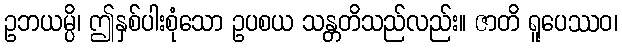
ဥဘယမ္ပိ၊ ဤနှစ်ပါးစုံသော ဥပစယ သန္တတိသည်လည်း။ ဇာတိ ရူပေဿဝ၊